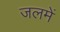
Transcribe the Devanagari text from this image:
जलमें